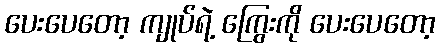
ပေးပေတော့ ကျုပ်ရဲ့ ကြွေးကို ပေးပေတော့